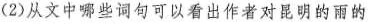
(2)从文中哪些词句可以看出作者对昆明的雨的